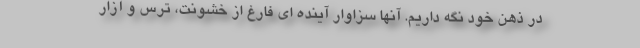
در ذهن خود نگه داریم. آنها سزاوار آینده ای فارغ از خشونت، ترس و آزار